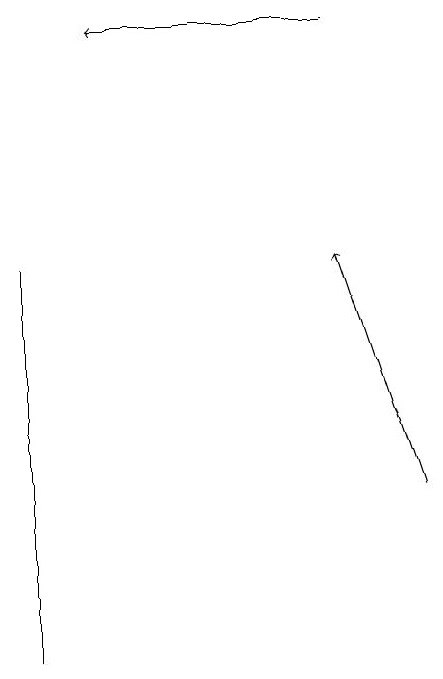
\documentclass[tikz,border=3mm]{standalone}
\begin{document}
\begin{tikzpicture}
\draw[->] (9,12) -- (8,15);
\draw[->] (8,18) -- (5,18);
\draw (4,15) rectangle (4,10);
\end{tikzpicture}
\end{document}